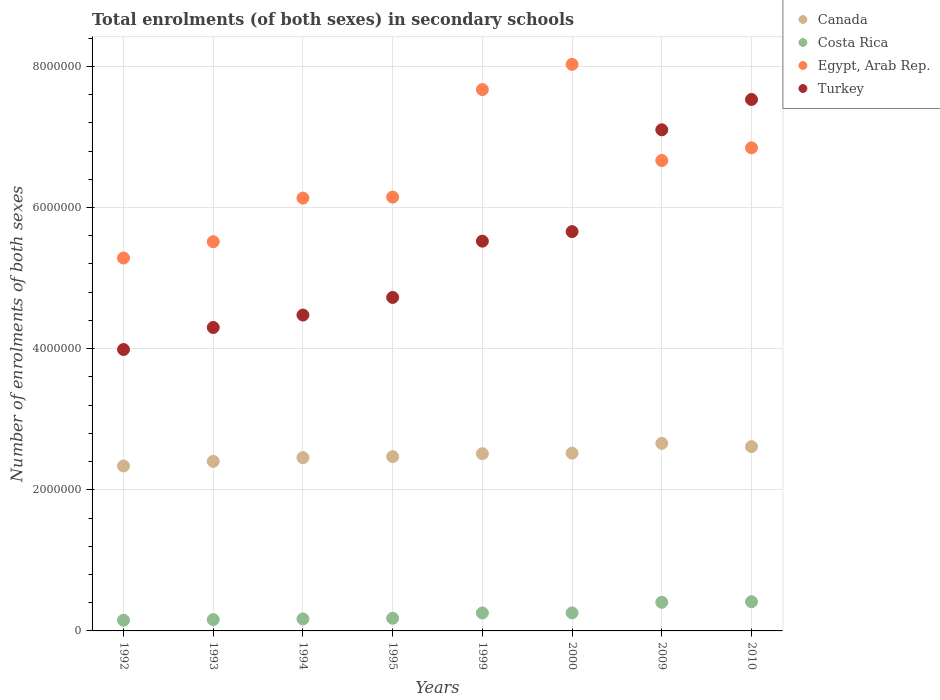
| Years | Canada | Costa Rica | Egypt, Arab Rep. | Turkey |
 | --- | --- | --- | --- | --- |
 | 1992 | 2.34e+06 | 1.52e+05 | 5.28e+06 | 3.99e+06 |
 | 1993 | 2.4e+06 | 1.6e+05 | 5.52e+06 | 4.3e+06 |
 | 1994 | 2.46e+06 | 1.7e+05 | 6.13e+06 | 4.48e+06 |
 | 1995 | 2.47e+06 | 1.79e+05 | 6.15e+06 | 4.73e+06 |
 | 1999 | 2.51e+06 | 2.55e+05 | 7.67e+06 | 5.52e+06 |
 | 2000 | 2.52e+06 | 2.56e+05 | 8.03e+06 | 5.66e+06 |
 | 2009 | 2.66e+06 | 4.06e+05 | 6.67e+06 | 7.1e+06 |
 | 2010 | 2.61e+06 | 4.14e+05 | 6.85e+06 | 7.53e+06 |